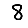
Digit: 8